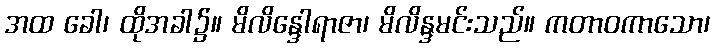
အထ ခေါ၊ ထိုအခါ၌။ မိလိန္ဒေါရာဇာ၊ မိလိန္ဒမင်းသည်။ ကတာဝကာသော၊